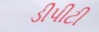
ડીપીટી